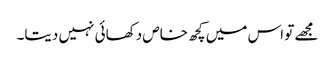
مجھے تو اس میں کچھ خاص دکھائی نہیں دیتا۔